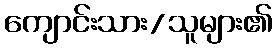
ကျောင်းသား/သူများ၏